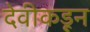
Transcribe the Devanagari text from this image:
देवीकडून